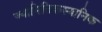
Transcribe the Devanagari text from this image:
ज्यामितिकस्थानिक